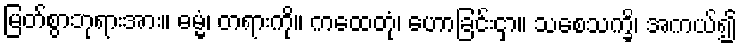
မြတ်စွာဘုရားအား။ ဓမ္မံ၊ တရားကို။ ကထေတုံ၊ ဟောခြင်းငှာ။ သစေသက္ခိ၊ အကယ်၍